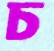
চ